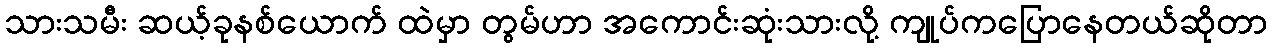
သားသမီး ဆယ့်ခုနစ်ယောက် ထဲမှာ တွမ်ဟာ အကောင်းဆုံးသားလို့ ကျုပ်ကပြောနေတယ်ဆိုတာ